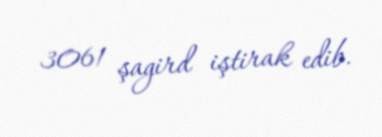
3061 şagird iştirak edib.